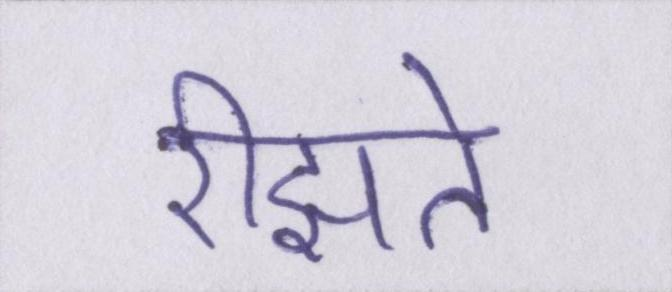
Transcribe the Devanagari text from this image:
रीझते